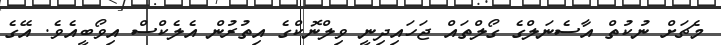
މެޗަށް ނުކުތް އާސެނަލްގެ ގޯލްތައް ޖަހައިދިނީ ވިލްނޮކްގެ އިތުރުން އެލެކްސް އިވޯބީއެވެ. އޭގެ